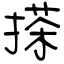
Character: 搽